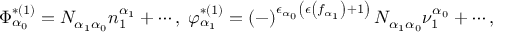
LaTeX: \Phi _ { \alpha _ { 0 } } ^ { * ( 1 ) } = N _ { \alpha _ { 1 } \alpha _ { 0 } } n _ { 1 } ^ { \alpha _ { 1 } } + \cdots , \; \varphi _ { \alpha _ { 1 } } ^ { * ( 1 ) } = \left( - \right) ^ { \epsilon _ { \alpha _ { 0 } } \left( \epsilon \left( f _ { \alpha _ { 1 } } \right) + 1 \right) } N _ { \alpha _ { 1 } \alpha _ { 0 } } \nu _ { 1 } ^ { \alpha _ { 0 } } + \cdots ,